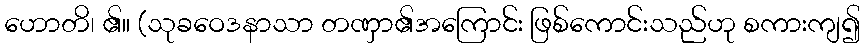
ဟောတိ၊ ၏။ (သုခဝေဒနာသာ တဏှာ၏အကြောင်း ဖြစ်ကောင်းသည်ဟု စကားကျ၍